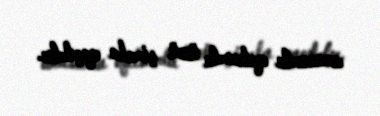
arasında qalanda üzü şimala qaçıbdır.